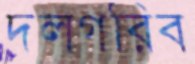
দলগরিব